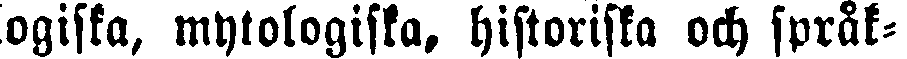
ogiska, mytologiska, historiska och språk-